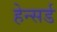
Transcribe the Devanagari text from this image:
हेन्सर्ड